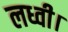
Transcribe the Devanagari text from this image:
लध्वी।